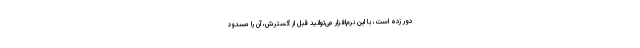
دور زده است، با این نرم‌افزار می‌توانید قبل از گسترش، آن را مسدود